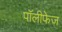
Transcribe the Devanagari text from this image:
पॉलीफेज़